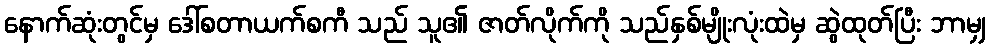
နောက်ဆုံးတွင်မှ ဒေါ်စတာယက်စကီ သည် သူ၏ ဇာတ်လိုက်ကို သည်နှစ်မျိုးလုံးထဲမှ ဆွဲထုတ်ပြီး ဘာမျှ